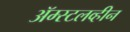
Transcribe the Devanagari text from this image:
ॲम्स्टलव्हीन